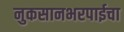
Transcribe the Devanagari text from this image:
नुकसानभरपाईचा